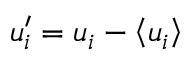
{ u _ { i } ^ { \prime } } = { u _ { i } } - \left\langle { { u _ { i } } } \right\rangle